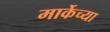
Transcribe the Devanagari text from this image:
मार्केच्या